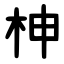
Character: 柛